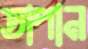
তাপান